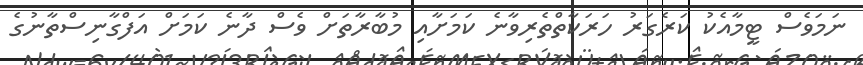
ނަމަވެސް ޓީމާއެކު ކަރެގަރު ހަރަކާތްތެރިވާނެ ކަމަށާއި މުބާރާތަށް ވެސް ދާނެ ކަމަށް އަފްގާނިސްތާނުގެ